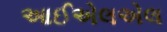
આઈએલએલ